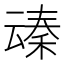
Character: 𪜞